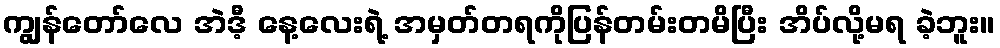
ကျွန်တော်လေ အဲဒီ့ နေ့လေးရဲ့ အမှတ်တရကိုပြန်တမ်းတမိပြီး အိပ်လို့မရ ခဲ့ဘူး။